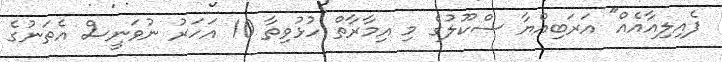
ފެއިލިއާއެއް" އަރަބިއްޔާ ސްކޫލުގެ މި އިމާރާތް ހުޅުވިތާ 10 އަހަރު ނުވަނީސް އެތަނުގެ